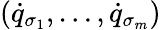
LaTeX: ({\dot{q}}_{\sigma_{1}},\dots,{\dot{q}}_{\sigma_{m}})